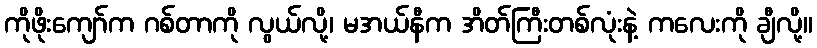
ကိုဖိုးကျော်က ဂစ်တာကို လွယ်လို့၊ မအယ်နီက အိတ်ကြီးတစ်လုံးနဲ့ ကလေးကို ချီလို့။